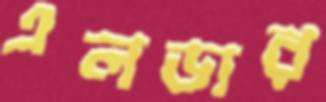
এলডার